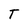
Character: T